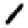
Digit: 1